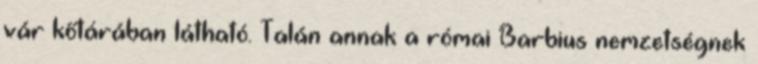
vár kőtárában látható. Talán annak a római Barbius nemzetségnek